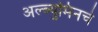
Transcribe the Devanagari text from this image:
अल्ब्युमिनचे